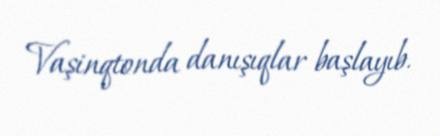
Vaşinqtonda danışıqlar başlayıb.